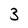
Character: 3